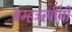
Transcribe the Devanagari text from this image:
ब्रम्हऋषींची